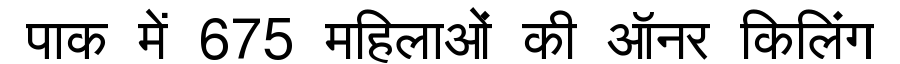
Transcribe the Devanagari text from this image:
पाक में 675 महिलाओं की ऑनर किलिंग